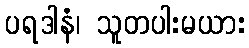
ပရဒါနံ၊ သူတပါးမယား